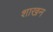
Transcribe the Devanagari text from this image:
शाखन